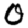
Digit: 0